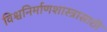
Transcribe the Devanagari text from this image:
विश्वनिर्माणशास्त्रासाठी